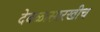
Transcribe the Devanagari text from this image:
देवळासारखीच